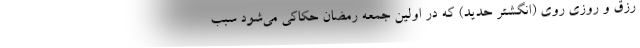
رزق و روزی روی (انگشتر حدید) که در اولین جمعه رمضان حکاکی می‌شود سبب